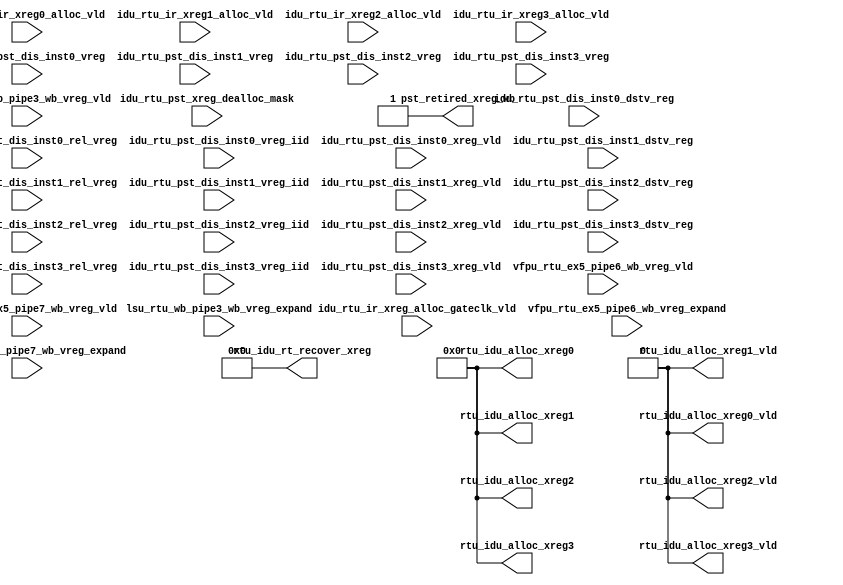
// This program was cloned from: https://github.com/T-head-Semi/openc910
// License: Apache License 2.0

/*Copyright 2019-2021 T-Head Semiconductor Co., Ltd.

Licensed under the Apache License, Version 2.0 (the "License");
you may not use this file except in compliance with the License.
You may obtain a copy of the License at

    http://www.apache.org/licenses/LICENSE-2.0

Unless required by applicable law or agreed to in writing, software
distributed under the License is distributed on an "AS IS" BASIS,
WITHOUT WARRANTIES OR CONDITIONS OF ANY KIND, either express or implied.
See the License for the specific language governing permissions and
limitations under the License.
*/

// &ModuleBeg; @23
module ct_rtu_pst_vreg_dummy(
  idu_rtu_ir_xreg0_alloc_vld,
  idu_rtu_ir_xreg1_alloc_vld,
  idu_rtu_ir_xreg2_alloc_vld,
  idu_rtu_ir_xreg3_alloc_vld,
  idu_rtu_ir_xreg_alloc_gateclk_vld,
  idu_rtu_pst_dis_inst0_dstv_reg,
  idu_rtu_pst_dis_inst0_rel_vreg,
  idu_rtu_pst_dis_inst0_vreg,
  idu_rtu_pst_dis_inst0_vreg_iid,
  idu_rtu_pst_dis_inst0_xreg_vld,
  idu_rtu_pst_dis_inst1_dstv_reg,
  idu_rtu_pst_dis_inst1_rel_vreg,
  idu_rtu_pst_dis_inst1_vreg,
  idu_rtu_pst_dis_inst1_vreg_iid,
  idu_rtu_pst_dis_inst1_xreg_vld,
  idu_rtu_pst_dis_inst2_dstv_reg,
  idu_rtu_pst_dis_inst2_rel_vreg,
  idu_rtu_pst_dis_inst2_vreg,
  idu_rtu_pst_dis_inst2_vreg_iid,
  idu_rtu_pst_dis_inst2_xreg_vld,
  idu_rtu_pst_dis_inst3_dstv_reg,
  idu_rtu_pst_dis_inst3_rel_vreg,
  idu_rtu_pst_dis_inst3_vreg,
  idu_rtu_pst_dis_inst3_vreg_iid,
  idu_rtu_pst_dis_inst3_xreg_vld,
  idu_rtu_pst_xreg_dealloc_mask,
  lsu_rtu_wb_pipe3_wb_vreg_expand,
  lsu_rtu_wb_pipe3_wb_vreg_vld,
  pst_retired_xreg_wb,
  rtu_idu_alloc_xreg0,
  rtu_idu_alloc_xreg0_vld,
  rtu_idu_alloc_xreg1,
  rtu_idu_alloc_xreg1_vld,
  rtu_idu_alloc_xreg2,
  rtu_idu_alloc_xreg2_vld,
  rtu_idu_alloc_xreg3,
  rtu_idu_alloc_xreg3_vld,
  rtu_idu_rt_recover_xreg,
  vfpu_rtu_ex5_pipe6_wb_vreg_expand,
  vfpu_rtu_ex5_pipe6_wb_vreg_vld,
  vfpu_rtu_ex5_pipe7_wb_vreg_expand,
  vfpu_rtu_ex5_pipe7_wb_vreg_vld
);

// &Ports; @24
input            idu_rtu_ir_xreg0_alloc_vld; 
input            idu_rtu_ir_xreg1_alloc_vld; 
input            idu_rtu_ir_xreg2_alloc_vld; 
input            idu_rtu_ir_xreg3_alloc_vld; 
input            idu_rtu_ir_xreg_alloc_gateclk_vld; 
input   [4  :0]  idu_rtu_pst_dis_inst0_dstv_reg; 
input   [5  :0]  idu_rtu_pst_dis_inst0_rel_vreg; 
input   [5  :0]  idu_rtu_pst_dis_inst0_vreg; 
input   [6  :0]  idu_rtu_pst_dis_inst0_vreg_iid; 
input            idu_rtu_pst_dis_inst0_xreg_vld; 
input   [4  :0]  idu_rtu_pst_dis_inst1_dstv_reg; 
input   [5  :0]  idu_rtu_pst_dis_inst1_rel_vreg; 
input   [5  :0]  idu_rtu_pst_dis_inst1_vreg; 
input   [6  :0]  idu_rtu_pst_dis_inst1_vreg_iid; 
input            idu_rtu_pst_dis_inst1_xreg_vld; 
input   [4  :0]  idu_rtu_pst_dis_inst2_dstv_reg; 
input   [5  :0]  idu_rtu_pst_dis_inst2_rel_vreg; 
input   [5  :0]  idu_rtu_pst_dis_inst2_vreg; 
input   [6  :0]  idu_rtu_pst_dis_inst2_vreg_iid; 
input            idu_rtu_pst_dis_inst2_xreg_vld; 
input   [4  :0]  idu_rtu_pst_dis_inst3_dstv_reg; 
input   [5  :0]  idu_rtu_pst_dis_inst3_rel_vreg; 
input   [5  :0]  idu_rtu_pst_dis_inst3_vreg; 
input   [6  :0]  idu_rtu_pst_dis_inst3_vreg_iid; 
input            idu_rtu_pst_dis_inst3_xreg_vld; 
input   [63 :0]  idu_rtu_pst_xreg_dealloc_mask; 
input   [63 :0]  lsu_rtu_wb_pipe3_wb_vreg_expand; 
input            lsu_rtu_wb_pipe3_wb_vreg_vld; 
input   [63 :0]  vfpu_rtu_ex5_pipe6_wb_vreg_expand; 
input            vfpu_rtu_ex5_pipe6_wb_vreg_vld; 
input   [63 :0]  vfpu_rtu_ex5_pipe7_wb_vreg_expand; 
input            vfpu_rtu_ex5_pipe7_wb_vreg_vld; 
output           pst_retired_xreg_wb;    
output  [5  :0]  rtu_idu_alloc_xreg0;    
output           rtu_idu_alloc_xreg0_vld; 
output  [5  :0]  rtu_idu_alloc_xreg1;    
output           rtu_idu_alloc_xreg1_vld; 
output  [5  :0]  rtu_idu_alloc_xreg2;    
output           rtu_idu_alloc_xreg2_vld; 
output  [5  :0]  rtu_idu_alloc_xreg3;    
output           rtu_idu_alloc_xreg3_vld; 
output  [191:0]  rtu_idu_rt_recover_xreg; 

// &Regs; @25

// &Wires; @26
wire             pst_retired_xreg_wb;    
wire    [5  :0]  rtu_idu_alloc_xreg0;    
wire             rtu_idu_alloc_xreg0_vld; 
wire    [5  :0]  rtu_idu_alloc_xreg1;    
wire             rtu_idu_alloc_xreg1_vld; 
wire    [5  :0]  rtu_idu_alloc_xreg2;    
wire             rtu_idu_alloc_xreg2_vld; 
wire    [5  :0]  rtu_idu_alloc_xreg3;    
wire             rtu_idu_alloc_xreg3_vld; 
wire    [191:0]  rtu_idu_rt_recover_xreg; 




// &Force("bus","idu_rtu_pst_dis_inst0_dstv_reg",4,0); @30
// &Force("bus","idu_rtu_pst_dis_inst0_rel_vreg",5,0); @31
// &Force("bus","idu_rtu_pst_dis_inst0_vreg",5,0); @32
// &Force("bus","idu_rtu_pst_dis_inst0_vreg_iid",6,0); @33
// &Force("bus","idu_rtu_pst_dis_inst1_dstv_reg",4,0); @34
// &Force("bus","idu_rtu_pst_dis_inst1_rel_vreg",5,0); @35
// &Force("bus","idu_rtu_pst_dis_inst1_vreg",5,0); @36
// &Force("bus","idu_rtu_pst_dis_inst1_vreg_iid",6,0); @37
// &Force("bus","idu_rtu_pst_dis_inst2_dstv_reg",4,0); @38
// &Force("bus","idu_rtu_pst_dis_inst2_rel_vreg",5,0); @39
// &Force("bus","idu_rtu_pst_dis_inst2_vreg",5,0); @40
// &Force("bus","idu_rtu_pst_dis_inst2_vreg_iid",6,0); @41
// &Force("bus","idu_rtu_pst_dis_inst3_dstv_reg",4,0); @42
// &Force("bus","idu_rtu_pst_dis_inst3_rel_vreg",5,0); @43
// &Force("bus","idu_rtu_pst_dis_inst3_vreg",5,0); @44
// &Force("bus","idu_rtu_pst_dis_inst3_vreg_iid",6,0); @45
// &Force("bus","idu_rtu_pst_xreg_dealloc_mask",63,0); @46
// &Force("bus","lsu_rtu_wb_pipe3_wb_vreg_expand",63,0); @47
// &Force("bus","rob_pst_retire_inst0_iid_updt_val",6,0); @48
// &Force("bus","rob_pst_retire_inst1_iid_updt_val",6,0); @49
// &Force("bus","rob_pst_retire_inst2_iid_updt_val",6,0); @50
// &Force("bus","vfpu_rtu_ex5_pipe6_wb_vreg_expand",63,0); @51
// &Force("bus","vfpu_rtu_ex5_pipe7_wb_vreg_expand",63,0); @52

// &Force("input","idu_rtu_ir_xreg0_alloc_vld"); @54
// &Force("input","idu_rtu_ir_xreg1_alloc_vld"); @55
// &Force("input","idu_rtu_ir_xreg2_alloc_vld"); @56
// &Force("input","idu_rtu_ir_xreg3_alloc_vld"); @57
// &Force("input","idu_rtu_ir_xreg_alloc_gateclk_vld"); @58
// &Force("input","idu_rtu_pst_dis_inst0_dstv_reg"); @59
// &Force("input","idu_rtu_pst_dis_inst0_rel_vreg"); @60
// &Force("input","idu_rtu_pst_dis_inst0_vreg"); @61
// &Force("input","idu_rtu_pst_dis_inst0_vreg_iid"); @62
// &Force("input","idu_rtu_pst_dis_inst0_xreg_vld"); @63
// &Force("input","idu_rtu_pst_dis_inst1_dstv_reg"); @64
// &Force("input","idu_rtu_pst_dis_inst1_rel_vreg"); @65
// &Force("input","idu_rtu_pst_dis_inst1_vreg"); @66
// &Force("input","idu_rtu_pst_dis_inst1_vreg_iid"); @67
// &Force("input","idu_rtu_pst_dis_inst1_xreg_vld"); @68
// &Force("input","idu_rtu_pst_dis_inst2_dstv_reg"); @69
// &Force("input","idu_rtu_pst_dis_inst2_rel_vreg"); @70
// &Force("input","idu_rtu_pst_dis_inst2_vreg"); @71
// &Force("input","idu_rtu_pst_dis_inst2_vreg_iid"); @72
// &Force("input","idu_rtu_pst_dis_inst2_xreg_vld"); @73
// &Force("input","idu_rtu_pst_dis_inst3_dstv_reg"); @74
// &Force("input","idu_rtu_pst_dis_inst3_rel_vreg"); @75
// &Force("input","idu_rtu_pst_dis_inst3_vreg"); @76
// &Force("input","idu_rtu_pst_dis_inst3_vreg_iid"); @77
// &Force("input","idu_rtu_pst_dis_inst3_xreg_vld"); @78
// &Force("input","idu_rtu_pst_xreg_dealloc_mask"); @79
// &Force("input","lsu_rtu_wb_pipe3_wb_vreg_vld"); @80
// &Force("input","lsu_rtu_wb_pipe3_wb_vreg_expand"); @81
// &Force("input","vfpu_rtu_ex5_pipe6_wb_vreg_vld"); @82
// &Force("input","vfpu_rtu_ex5_pipe6_wb_vreg_expand"); @83
// &Force("input","vfpu_rtu_ex5_pipe7_wb_vreg_vld"); @84
// &Force("input","vfpu_rtu_ex5_pipe7_wb_vreg_expand"); @85

assign pst_retired_xreg_wb            = 1'b1;
assign rtu_idu_alloc_xreg0[5:0]       = 6'b0;
assign rtu_idu_alloc_xreg0_vld        = 1'b0;
assign rtu_idu_alloc_xreg1[5:0]       = 6'b0;
assign rtu_idu_alloc_xreg1_vld        = 1'b0;
assign rtu_idu_alloc_xreg2[5:0]       = 6'b0;
assign rtu_idu_alloc_xreg2_vld        = 1'b0;
assign rtu_idu_alloc_xreg3[5:0]       = 6'b0;
assign rtu_idu_alloc_xreg3_vld        = 1'b0;
assign rtu_idu_rt_recover_xreg[191:0] = 192'b0;

// &ModuleEnd; @98
endmodule